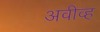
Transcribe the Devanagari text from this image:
अवीव्ह